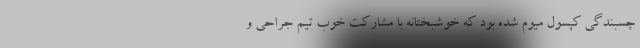
چسبندگی کپسول میوم شده بود که خوشبختانه با مشارکت خوب تیم جراحی و